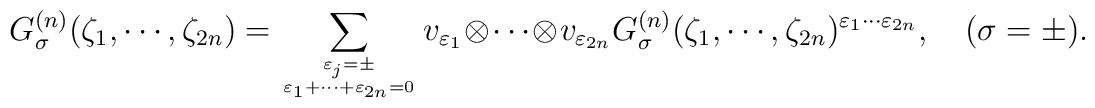
G^{(n)}_\sigma(\zeta_1,\cdots,\zeta_{2n})=\sum_{\varepsilon_j =\pm\atop \varepsilon_1 +\cdots +\varepsilon_{2n}=0} v_{\varepsilon_1} \otimes \cdots \otimes v_{\varepsilon_{2n}} G^{(n)}_\sigma(\zeta_1,\cdots,\zeta_{2n})^{\varepsilon_1 \cdots \varepsilon_{2n}}, ~~~~ (\sigma =\pm ).